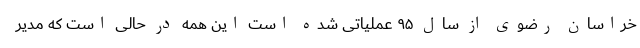
خراسان رضوی از سال ۹۵ عملیاتی شده است این همه در حالی است که مدیر